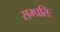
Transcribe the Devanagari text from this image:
सम्प्रतिः